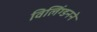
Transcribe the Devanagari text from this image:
विलिंग्डनने